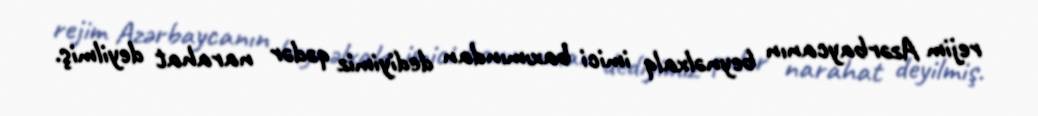
rejim Azərbaycanın beynəlxalq imici baxımından dediyimiz qədər narahat deyilmiş.